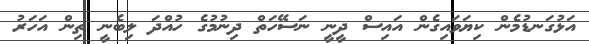
އަޅުގަނޑުމެން ކިޔަވައިގެން އައިސް ދީނީ ނަސޭހަތް ދިނުމުގެ ހުއްދަ ލިބެނީ ތިން އަހަރު